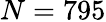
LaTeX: N=795